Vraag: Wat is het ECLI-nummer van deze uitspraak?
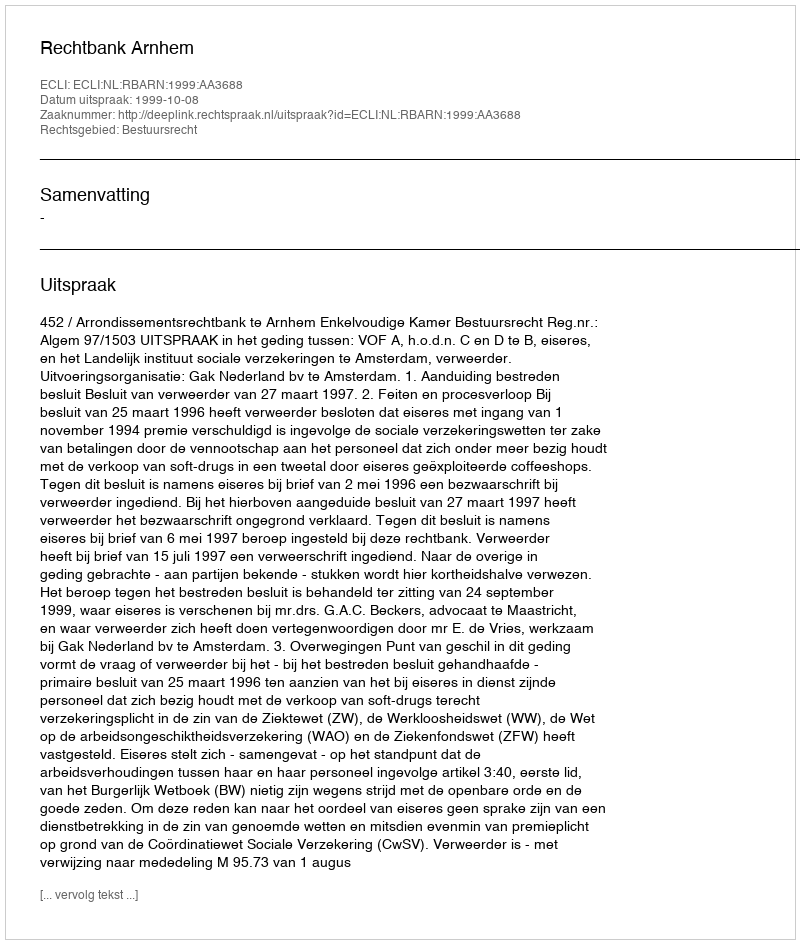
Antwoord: ECLI:NL:RBARN:1999:AA3688